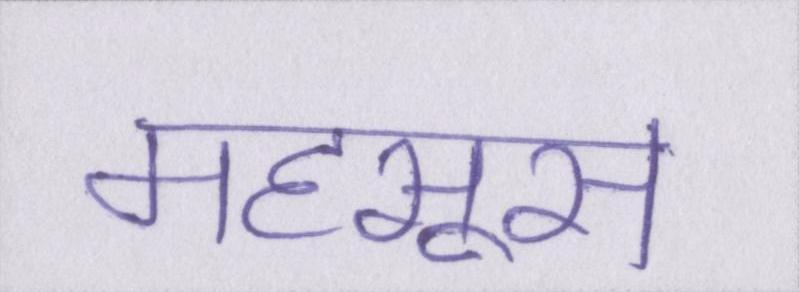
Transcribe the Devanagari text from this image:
महसूस